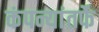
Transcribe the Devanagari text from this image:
कंपन्यांतर्फे